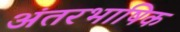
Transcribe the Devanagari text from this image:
अंतरभाषिक